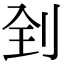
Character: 𠛮